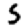
Digit: 5